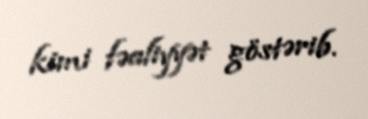
kimi fəaliyyət göstərib.